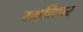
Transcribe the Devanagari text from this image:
स्मृतिपर